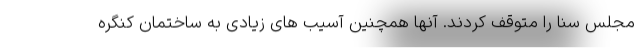
مجلس سنا را متوقف کردند. آنها همچنین آسیب های زیادی به ساختمان کنگره